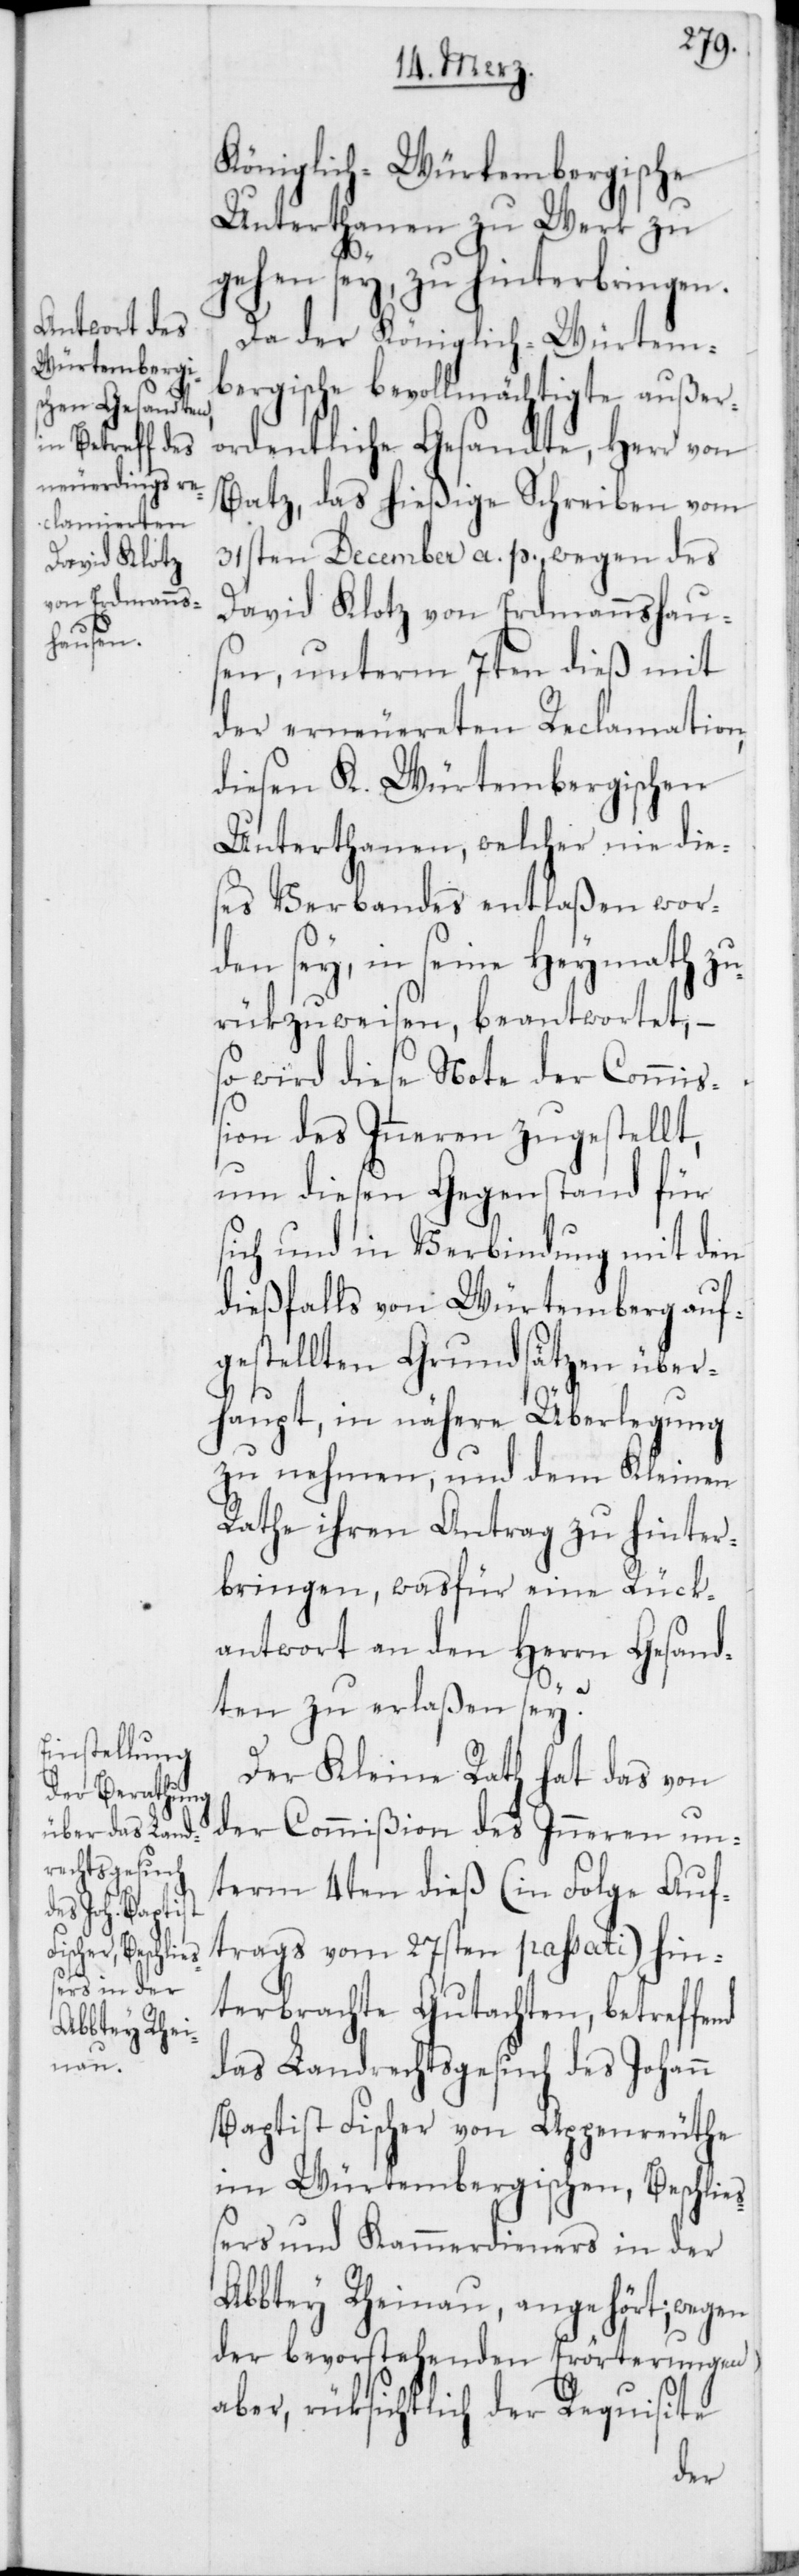
Königlich-Würtembergische
Unterthanen zu Werk zu
gehen sey, zu hinterbringen.
Da der Königlich-Würtem¬
bergische bevollmächtigte außer¬
ordentliche Gesandte, Herr von
Batz, das hießige Schreiben vom
31sten December a. p. wegen des
David Klotz von Erdmannshaus¬
en, unterm 7ten dieß mit
der erneuereten Reclamation,
diesen K. Würtembergischen
Unterthanen, welcher nie die¬
ses Verbandes entlaßen wor¬
den sey, in seine Heymath zu¬
rükzuweisen, beantwortet, –
so wird diese Note der Commiß¬
ion des Inneren zugestellt,
um diesen Gegenstand für
sich und in Verbindung mit den
dießfalls von Würtemberg auf¬
gestellten Grundsätzen über¬
haupt, in nähere Überlegung
zu nehmen, und dem Kleinen
Rathe ihren Antrag zu hinter¬
bringen, wasfür eine Rück¬
antwort an den Herrn Gesand¬
ten zu erlaßen sey?
Der Kleine Rath hat das von
der Commißion des Inneren un¬
term 4ten dieß (in Folge Auf¬
trags vom 27sten passati) hin¬
terbrachte Gutachten, betreffend
das Landrechtsgesuch des Johann
Baptist Fischer von Appenreuthe
im Würtembergischen, Beschließ¬
ers und Kammerdieners in der
Abbtey Rheinau, angehört; wegen
der bevorstehenden Erörterungen
aber, rüksichtlich der Requisite